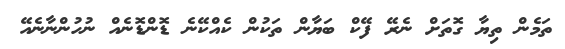
ތަމެން ތިޔާ ގޮތަށް ނެރޭ ފޭކް ބަޔާން ތަކުން ކެއްކޭނެ ޑޮންޑޮނެއް ނުހުންނާނެއޭ